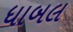
ધાબલ